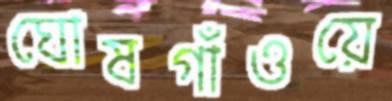
ঘোষগাঁওয়ে